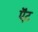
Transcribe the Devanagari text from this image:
ऍंट